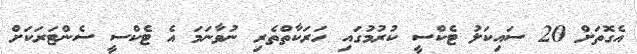
އެގޮތަށް 20 ސައިކަލު ޓެކްސީ ކުރުމުގައި ހަރަކާތްތެރި ނުވާނަމަ އެ ޓެކްސީ ސެންޓަރަކަށް